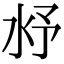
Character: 沀